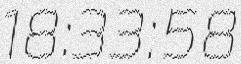
18:33:58